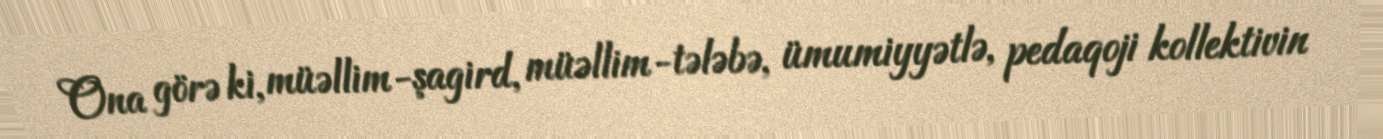
Ona görə ki, müəllim-şagird, müəllim-tələbə, ümumiyyətlə, pedaqoji kollektivin